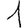
Digit: 1